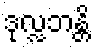
ဒုလ္လဘန္တိ